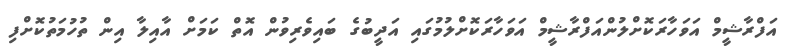
އަފްރާޝީމް އަވަހާރަކޮށްލުންއަފްރާޝީމް އަވަހާރަކޮށްލުމުގައި އަދީބުގެ ބައިވެރިވުން އޮތް ކަމަށް އާއިލާ އިން ތުހުމަތުކޮށްފި